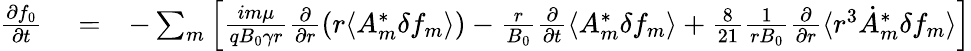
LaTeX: \begin{array}{rlr}{\frac{\partial f_{0}}{\partial t}}&{{}=}&{-\sum_{m}\left[\frac{im\mu}{qB_{0}\gamma r}\frac{\partial}{\partial r}\left(r\langle A_{m}^{*}\delta f_{m}\rangle\right)-\frac{r}{B_{0}}\frac{\partial}{\partial t}\langle{A}_{m}^{*}\delta f_{m}\rangle+\frac{8}{21}\frac{1}{rB_{0}}\frac{\partial}{\partial r}\langle r^{3}\dot{A}_{m}^{*}\delta f_{m}\rangle\right]}\end{array}